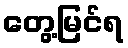
တွေ့မြင်ရ